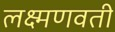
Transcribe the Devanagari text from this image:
लक्ष्मणवती